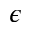
\epsilon